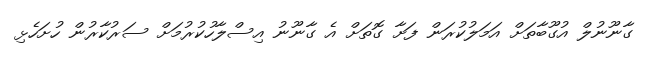
ގާނޫނުލް އުގޫބާތަށް އަމަލުކުރަން ފަށާ ގޮތަށް އެ ގާނޫނު އިސްލާހުކުރުމަށް ސަރުކާރުން ހުށަހެޅި